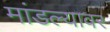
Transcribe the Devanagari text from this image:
मांडल्यावर